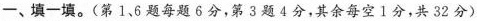
─、填一填。(第1、6题每题6分，第3题4分，其余每空1分，共32分)